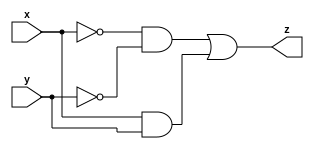

// IHS <3

module comparator(
    input x,
    input y,
    output z
);
 
assign z = (~x & ~y) |(x & y);
 
endmodule